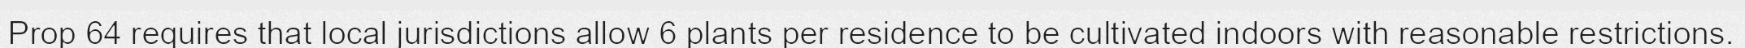
Prop 64 requires that local jurisdictions allow 6 plants per residence to be cultivated indoors with reasonable restrictions.